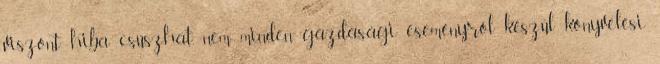
viszont hiba csúszhat, nem minden gazdasági eseményről készül könyvelési